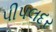
પીપલદર